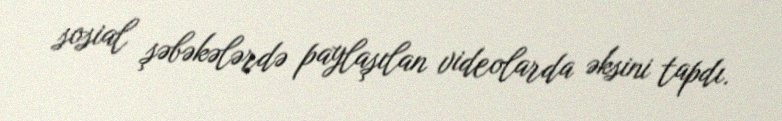
sosial şəbəkələrdə paylaşılan videolarda əksini tapdı.